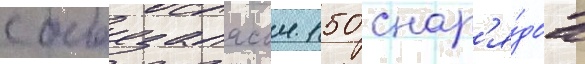
с боезапасом 150 снар'я́дов